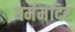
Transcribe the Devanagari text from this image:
धर्ममंदिर